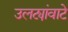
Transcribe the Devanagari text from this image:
उलट्यांवाटे